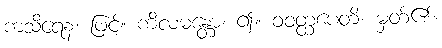
ကသိရေန၊ ဖြင့်။ ကိလမန္တော၊ ၍။ ဝဝတ္ထပေတိ၊ မှတ်၏။